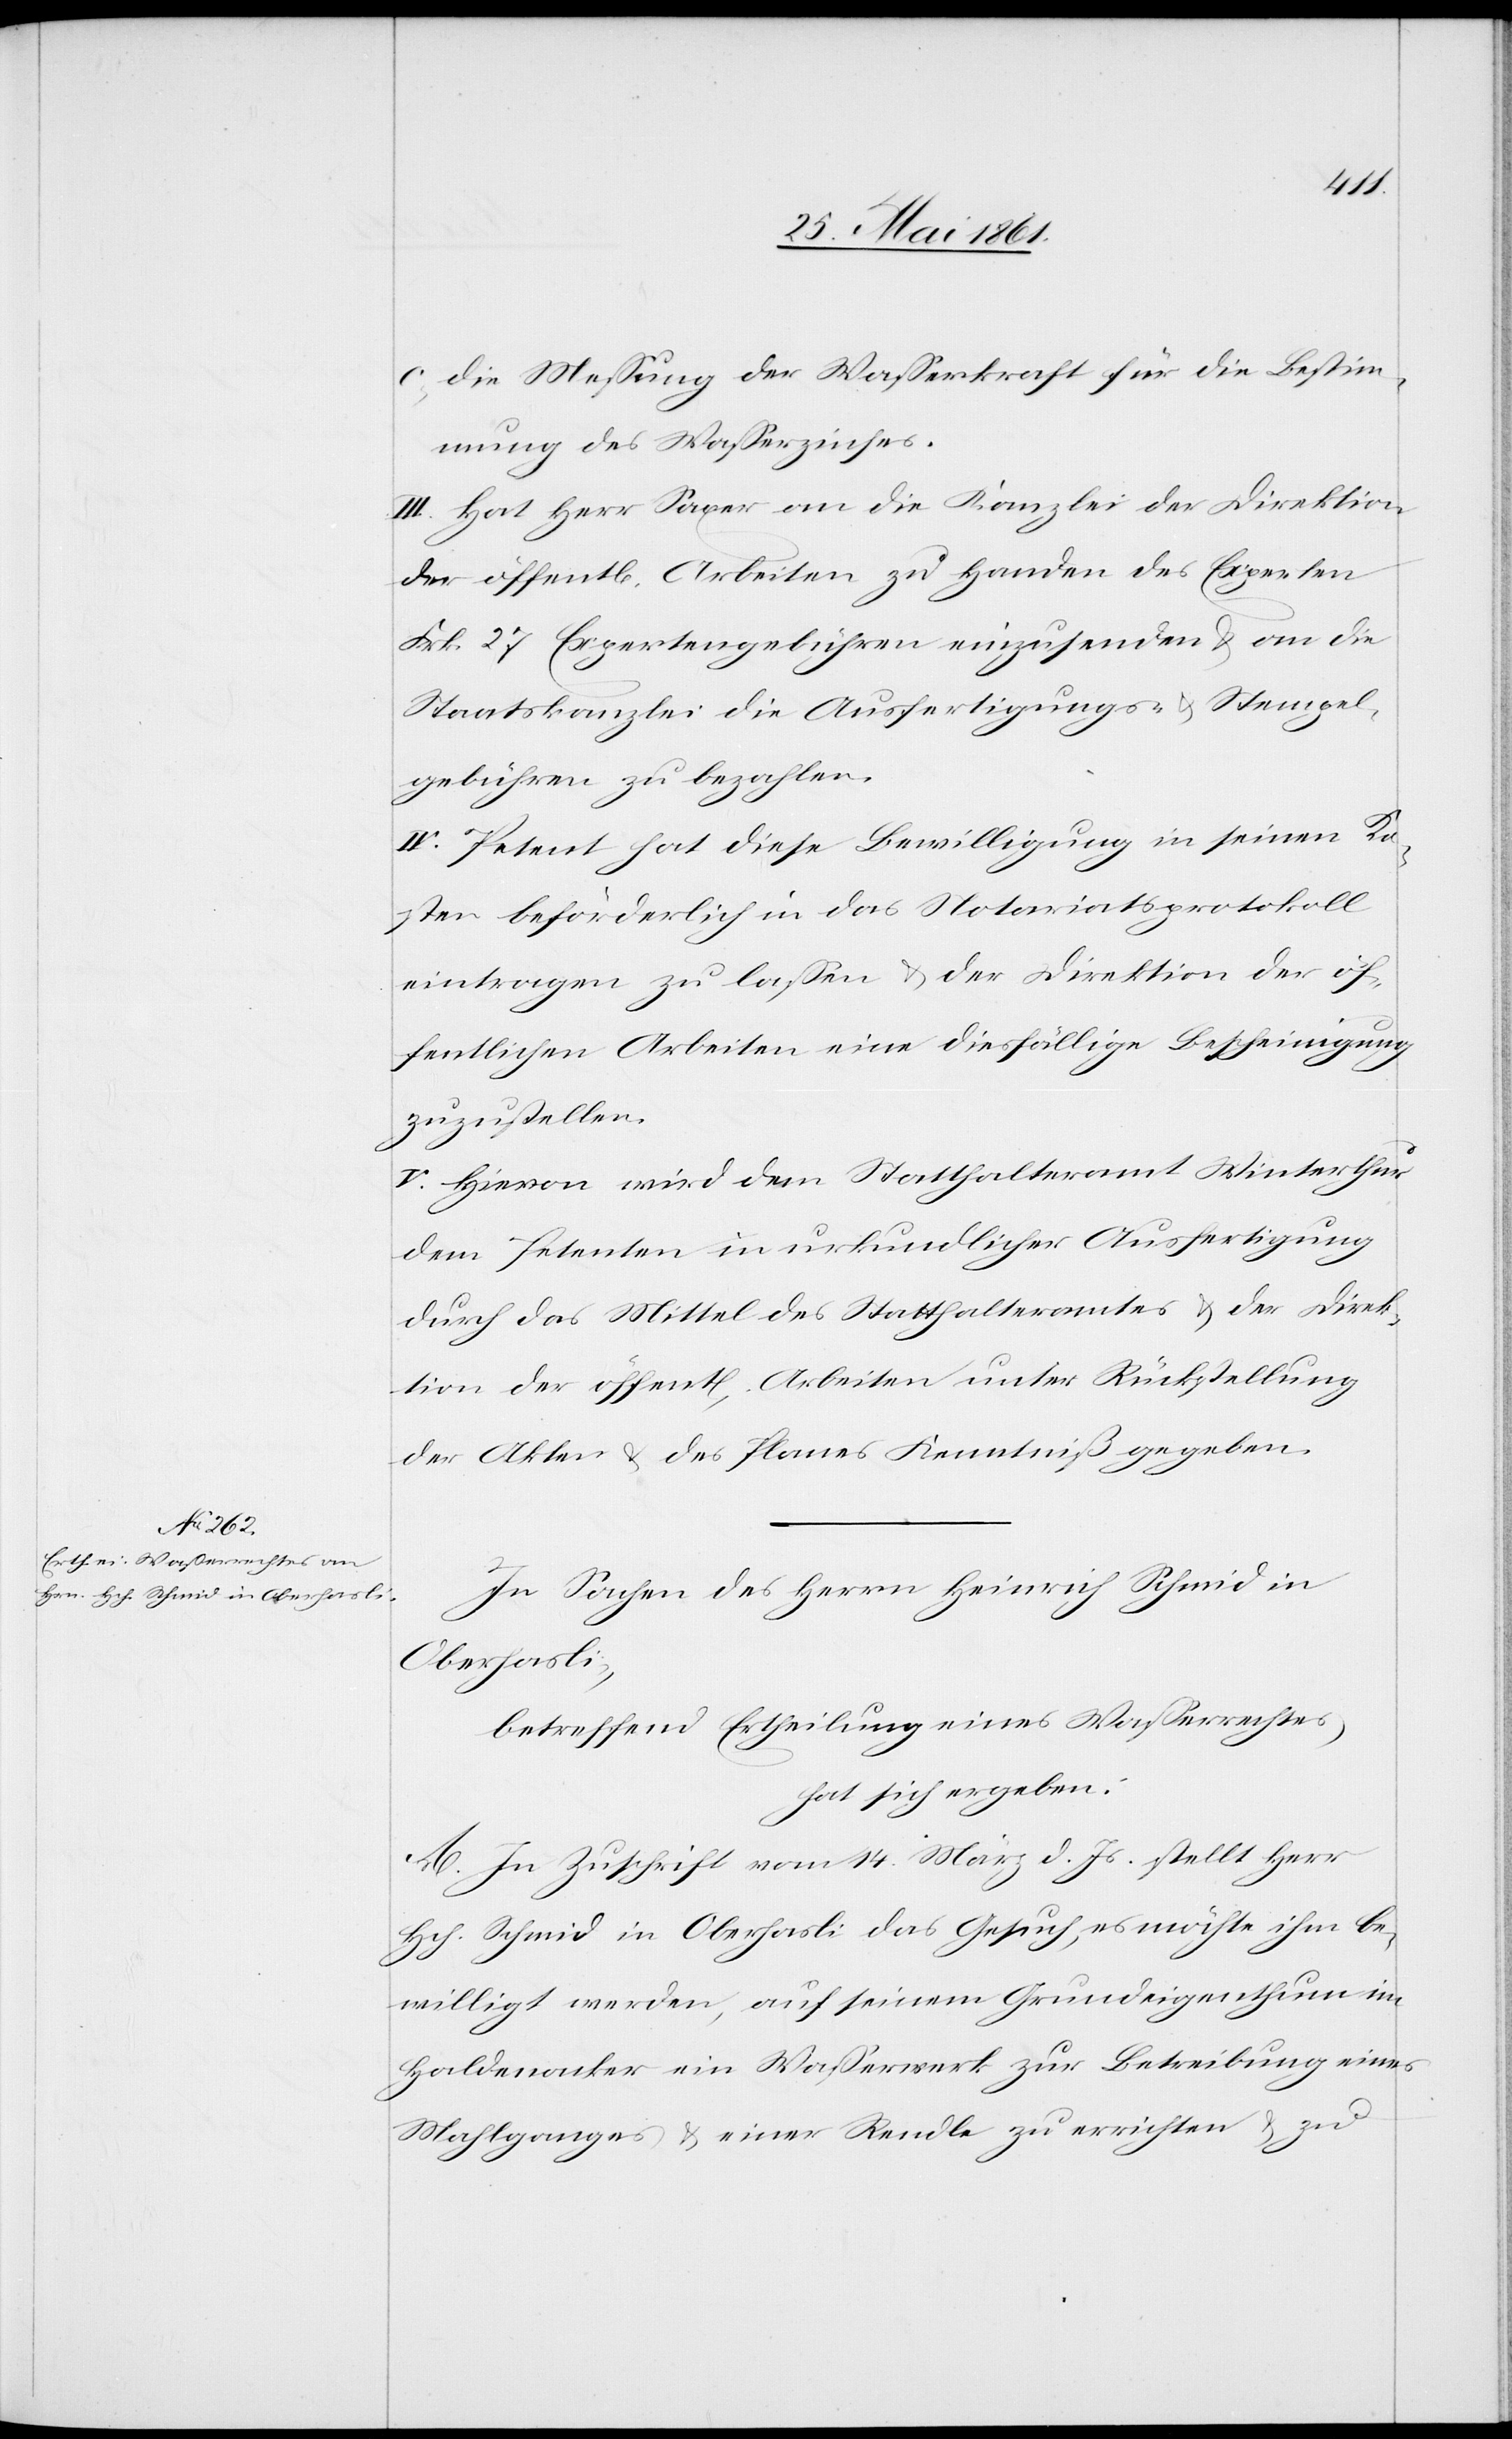
c. Die Messung der Wasserkraft für die Bestim¬
mung des Wasserzinses.
III. Hat Herr Saxer an die Kanzlei der Direktion
der öffent[lichen] Arbeiten zu Handen des Experten
Frk. 27 Expertengebühren einzusenden u. an die
Staatskanzlei die Ausfertigungs- u. Stempel¬
gebühren zu bezahlen.
IV. Petent hat diese Bewilligung in seinen Ko¬
sten beförderlich in das Notariatsprotokoll
eintragen zu lassen u. der Direktion der öf¬
fentlichen Arbeiten eine diesfällige Bescheinigung
zuzustellen.
V. Hievon wird dem Statthalteramt Winterthur[,]
dem Petenten in urkundlicher Ausfertigung
durch das Mittel des Statthalteramtes u. der Direk¬
tion der öffent[lichen] Arbeiten unter Rückstellung
der Akten u. des Planes Kenntniß gegeben.
In Sachen des Herrn Heinrich Schmid in
Oberhasli;
betreffend Ertheilung eines Wasserrechtes,
hat sich ergeben:
A. In Zuschrift vom 14. März d. Js. stellt Herr
Hch. Schmid in Oberhasli das Gesuch, es möchte ihm be¬
willigt werden, auf seinem Grundeigenthum im
Haldenacker ein Wasserwerk zur Betreibung eines
Mahlganges u. einer Rendle zu errichten u. zu